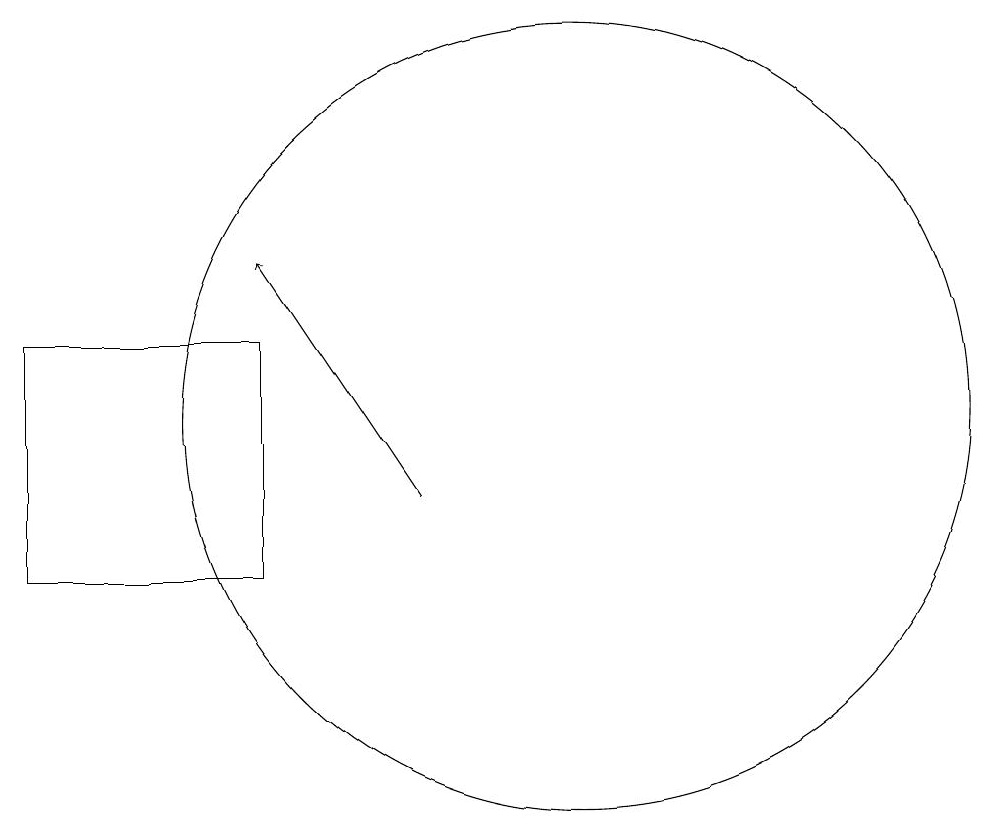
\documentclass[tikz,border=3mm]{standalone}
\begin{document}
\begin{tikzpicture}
\draw (6,13) rectangle (3,10);
\draw[->] (8,11) -- (6,14);
\draw (10,12) circle (5);
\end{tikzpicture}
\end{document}